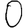
Digit: 0